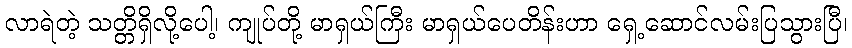
လာရဲတဲ့ သတ္တိရှိလို့ပေါ့၊ ကျုပ်တို့ မာရှယ်ကြီး မာရှယ်ပေတိန်းဟာ ရှေ့ဆောင်လမ်းပြသွားပြီ၊